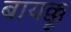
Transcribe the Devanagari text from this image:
बायक्कू